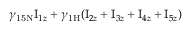
\gamma _ { \mathrm { 1 5 N } } \mathrm { I } _ { 1 z } + \gamma _ { \mathrm { 1 H } } ( \mathrm { I } _ { 2 z } + \mathrm { I } _ { 3 z } + \mathrm { I } _ { 4 z } + \mathrm { I } _ { 5 z } )